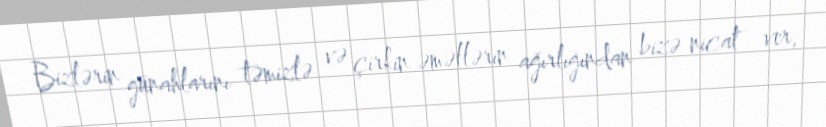
Bizlərin günahlarını təmizlə və çirkin əməllərin ağırlığından bizə nicat ver,